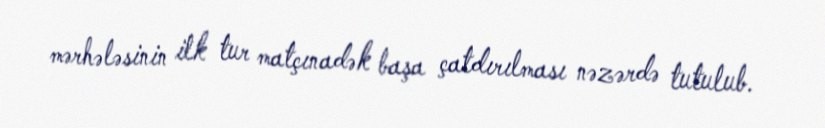
mərhələsinin ilk tur matçınadək başa çatdırılması nəzərdə tutulub.